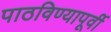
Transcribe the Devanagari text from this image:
पाठविण्यापूर्वी